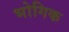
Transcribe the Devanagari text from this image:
भोगिक